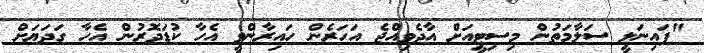
"ފައިނަލީ ސަލާމަތުން މިސިޓީއަށް އާދެވިއްޖެ އަހަރެން ހައިރާންވީ އެހާ ކުޑަދޮރުން އެހާ ގަދަޔަށް